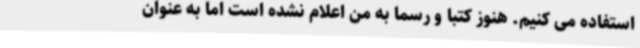
استفاده می کنیم. هنوز کتبا و رسما به من اعلام نشده است اما به عنوان